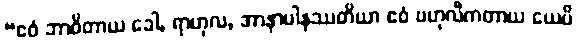
“ဧဝံ ဘာဝိတာယ ခေါ, ရာဟုလ, အာနာပါနဿတိယာ ဧဝံ ဗဟုလီကတာယ ယေပိ